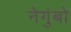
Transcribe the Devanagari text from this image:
नेगुंबो